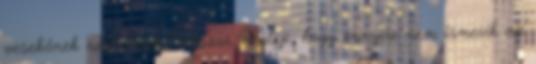
vesekőnek nézhetnek. Sokszor meglep, hogy ennyire nem ismerik az